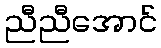
ညီညီအောင်